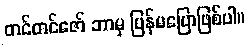
တင်တင်ဇော် ဘာမှ ပြန်မပြောဖြစ်ပါ။